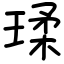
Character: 瑈